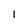
Character: 1